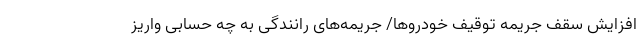
افزایش سقف جریمه توقیف خودروها/ جریمه‌های رانندگی به چه حسابی واریز